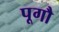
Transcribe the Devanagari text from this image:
पूगौ